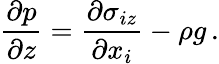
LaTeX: \frac{\partial p}{\partial z}=\frac{\partial\sigma_{iz}}{\partial x_{i}}-\rho g\, .